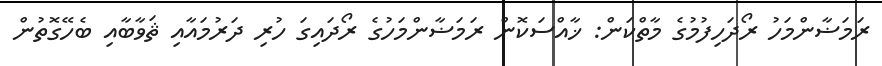
ރަމަޟާންމަހު ރޯދަހިފުމުގެ މާތްކަން: ޚާއްސަކޮން ރަމަޟާންމަހުގެ ރޯދައިގަ ހުރި ދަރުމައާއި ޘަވާބާއި ބެހޭގޮތުން